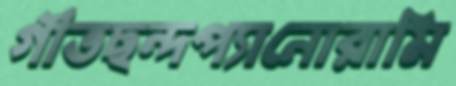
গীতছন্দপ্যানোরামি